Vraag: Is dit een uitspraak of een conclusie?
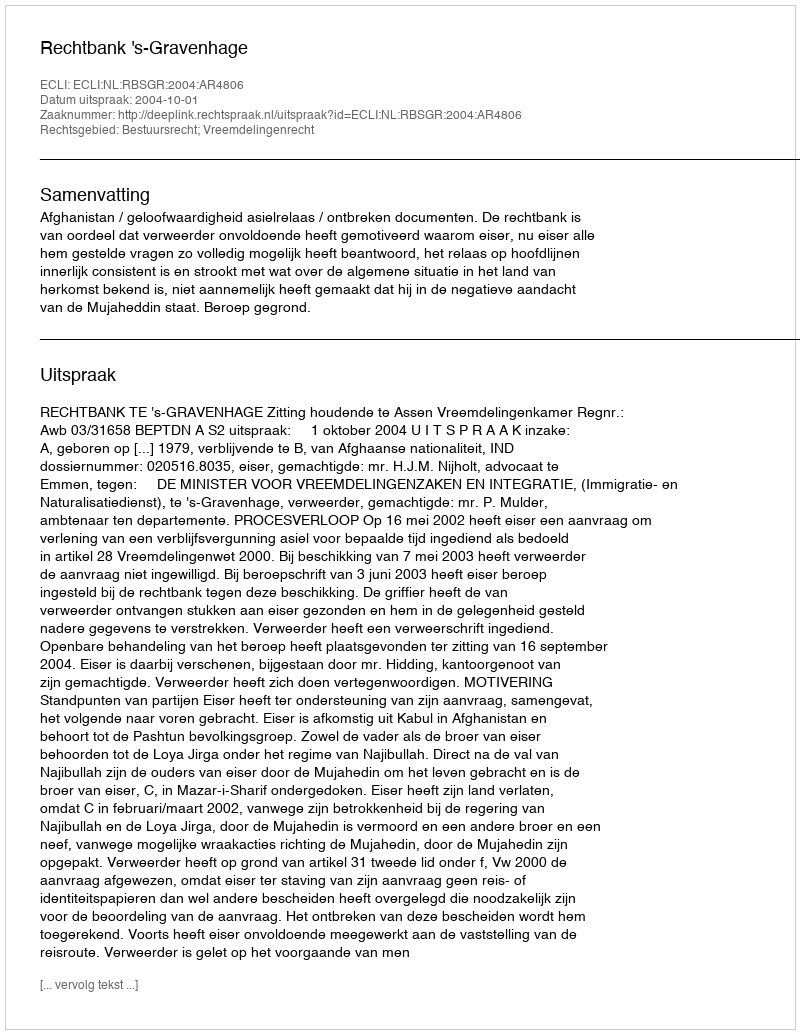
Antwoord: Uitspraak